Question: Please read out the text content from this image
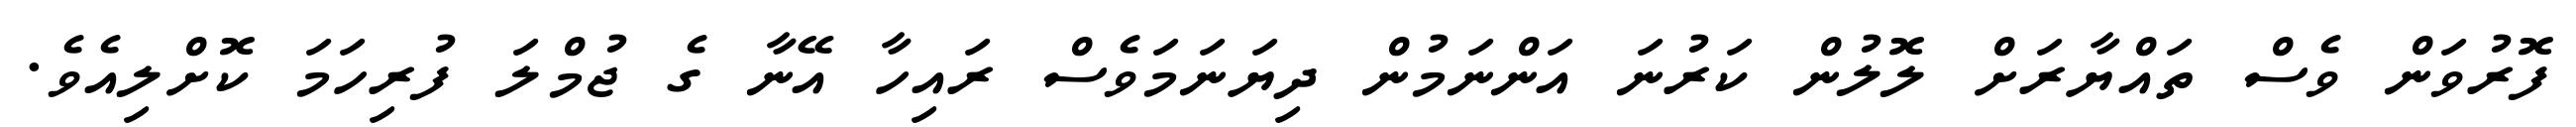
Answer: ފޮރުވަން ވެސް ތައްޔާރަށް ލޮލުން ކަރުނަ އަންނަމުން ދިޔަނަމަވެސް ރައިހާ އޭނާ ގެ ޖުމްލަ ފުރިހަމަ ކޮށްލިއެވެ.